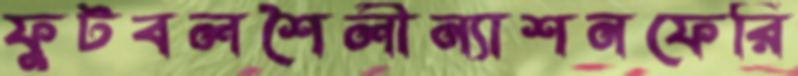
ফুটবলশৈলীন্যাশনফেরি